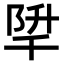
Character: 𨹱